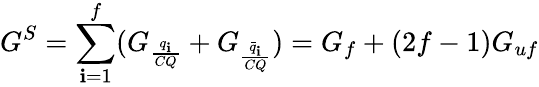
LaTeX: G^{S}=\sum_{\mathbf{i}=1}^{f}(G_{\frac{{q_{\mathbf{i}}}}{{CQ}}}+G_{\frac{{\bar{{q}}_{\mathbf{i}}}}{{CQ}}})=G_{f}+(2f-1)G_{uf}